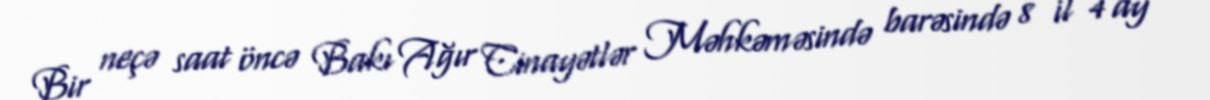
Bir neçə saat öncə Bakı Ağır Cinayətlər Məhkəməsində barəsində 8 il 4 ay